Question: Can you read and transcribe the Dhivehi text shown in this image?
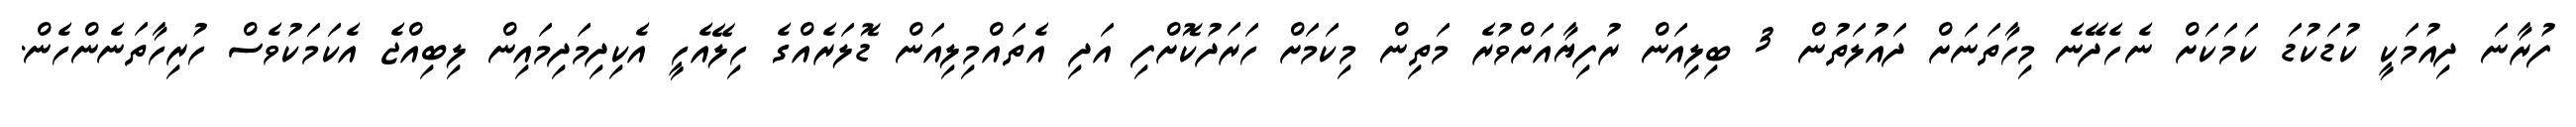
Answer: ފުރާނަ ދިއުމަކީ ކުޑަކުޑަ ކަމަކަށް ނެހެދޭނެ މިހާތަނަށް ދައުލަތުން 3 ބިލިއަން ރުފިޔާއަށްވުރެ މަތިން މިކަމަށް ހަރަދުކޮށްފި އަދި އެތައްމިލިއަން ޑޮލަރެއްގެ ހިލޭއެހީ އެކިދިމަދިމައިން ލިބިއްޖެ އެކަމަކުވެސް ހުރިހާތަނެންހެން.